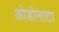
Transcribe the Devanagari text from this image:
ओडोनाटा